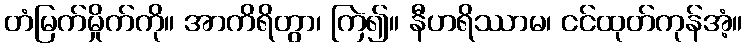
တံမြက်မှိုက်ကို။ အာကိရိတွာ၊ ကြဲ၍။ နီဟရိဿာမ၊ ငင်ထုတ်ကုန်အံ့။